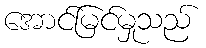
အောင်မြင်မှုသည်